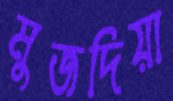
মুজদিয়া